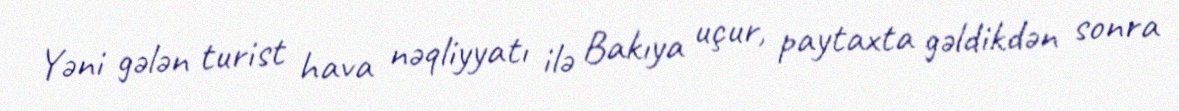
Yəni gələn turist hava nəqliyyatı ilə Bakıya uçur, paytaxta gəldikdən sonra